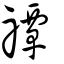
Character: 禫